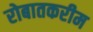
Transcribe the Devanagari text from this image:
रोबातकरीम